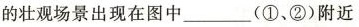
的壮观场景出现在图中___(①、②)附近